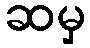
ဆမှ